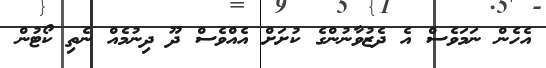
އެހެން ނަމަވެސް އެ ދެޒުވާނުންގެ ކުށަށް އެއްވެސް ދޫ ދިނުމެއް ނެތި ކޯޓުން